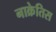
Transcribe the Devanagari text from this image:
नाक्रेतिस